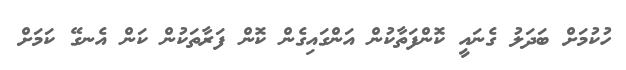
ހުކުމަށް ބަދަލު ގެނައީ ކޮންފަތާކުން އަންގައިގެން ކޮން ފަރާތަކުން ކަން އެނގޭ ކަމަށް